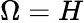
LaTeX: \Omega=H